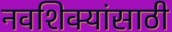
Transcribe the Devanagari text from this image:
नवशिक्यांसाठी